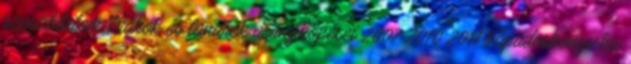
szesztilalom Diákok és tanárok aranyköpései 2007 2010 2011 Fapadoskonyv.hu